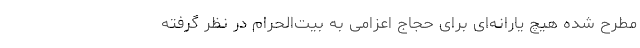
مطرح شده هیچ یارانه‌ای برای حجاج اعزامی به بیت‌الحرام در نظر گرفته